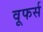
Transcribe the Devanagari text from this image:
वूफर्स